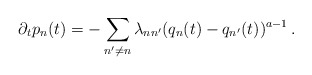
\begin{align*} \partial_{t}p_n(t) = -\sum_{n'\ne n} \lambda_{nn'} (q_n(t)-q_{n'}(t))^{a-1} \, .\end{align*}